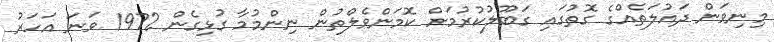
މިނިވަން ދައުލަތެއްގެ ގޮތުގައި ގަބޫލުކުރުމަށް ކޮމަންވެލްތުން ނިންމުމާ ގުޅިގެން 1972 ވަނަ އަހަރު